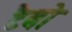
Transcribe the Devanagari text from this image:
टैबो